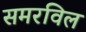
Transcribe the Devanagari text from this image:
समरविल